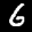
Label: 6